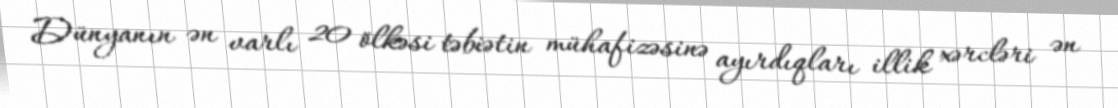
Dünyanın ən varlı 20 ölkəsi təbiətin mühafizəsinə ayırdıqları illik xərcləri ən